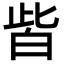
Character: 𤽤